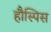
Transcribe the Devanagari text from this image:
हौस्पिस